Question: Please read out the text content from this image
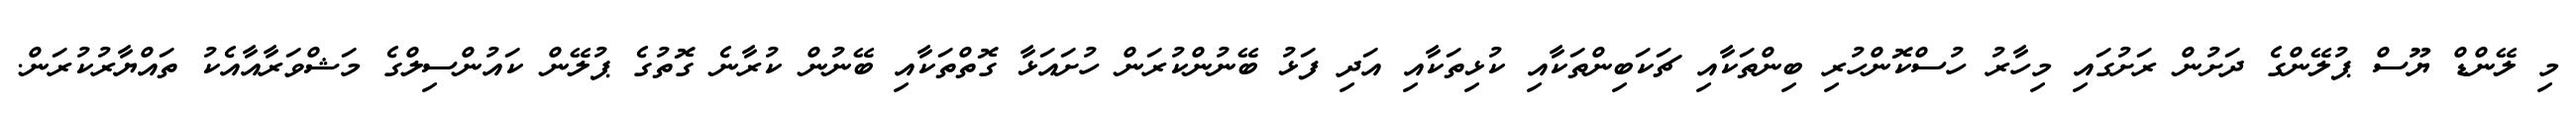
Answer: މި ލޭންޑް ޔޫސް ޕުލޭންގެ ދަށުން ރަށުގައި މިހާރު ހުސްކޮންހުރި ބިންތަކާއި ޗަކަބިންތަކާއި ކުޅިތަކާއި އަދި ފަޅު ބޭނުންކުރަން ހުށައަޅާ ގޮތްތަކާއި ބޭނުން ކުރާނެ ގޮތުގެ ޕުލޭން ކައުންސިލްގެ މަޝްވަރާއާއެކު ތައްޔާރުކުރަން.